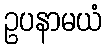
ဥပနာမယံ